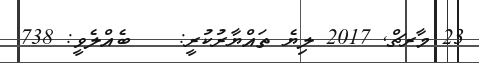
23 މާރޗް